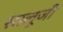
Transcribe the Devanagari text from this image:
सालूजी